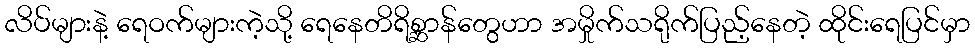
လိပ်များနဲ့ ရေဝက်များကဲ့သို့ ရေနေတိရိစ္ဆာန်တွေဟာ အမှိုက်သရိုက်ပြည့်နေတဲ့ ထိုင်းရေပြင်မှာ